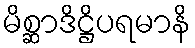
မိစ္ဆာဒိဋ္ဌိပရမာနိ